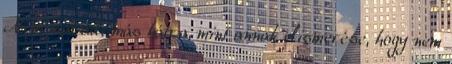
Nem maradt más hátra, mint annak elismerése, hogy nem